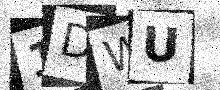
Text: 1DWU